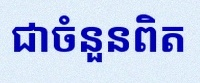
សន្មតថា x ជាចំនួនពិត